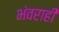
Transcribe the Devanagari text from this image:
भंवराही